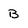
Character: B